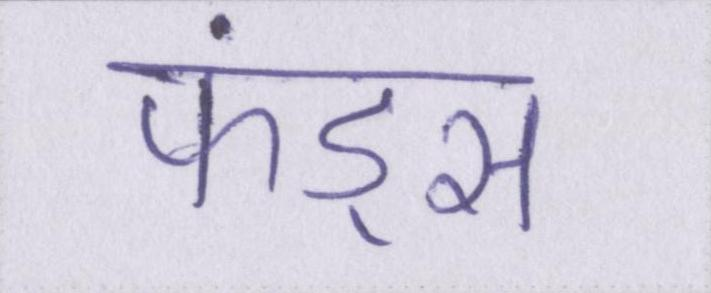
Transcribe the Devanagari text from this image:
फंड्स